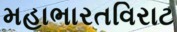
મહાભારતવિરાટ